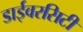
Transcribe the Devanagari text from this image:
डाईवरसिटी